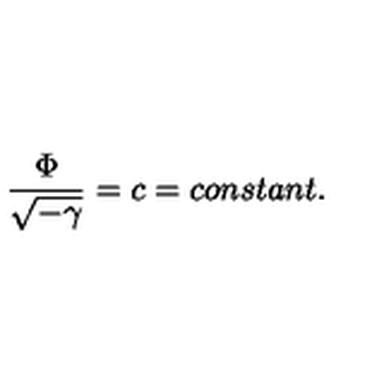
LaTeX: \frac { \Phi } { \sqrt { - \gamma } } = c = c o n s t a n t .